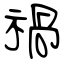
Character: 禍